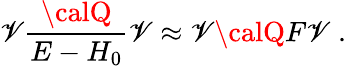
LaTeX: \mathscr{V}{\frac{{\calQ}}{{E-H_{0}}}}\mathscr{V}\approx\mathscr{V}{\calQ}F\mathscr{V}\; .